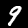
Label: 9